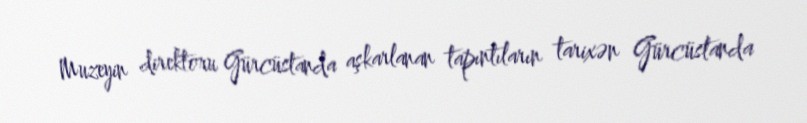
Muzeyin direktoru Gürcüstanda aşkarlanan tapıntıların tarixən Gürcüstanda